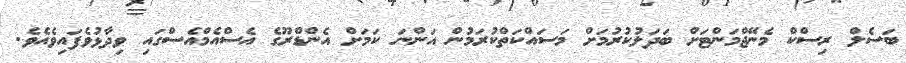
ބަސެލް ރިސްކް މެނޭޖްމަންޓަށް ބަދަލުކުރުމަށް މަސައްކަތްކުރަމުން އަންނަ ކަމަށް އެންޑްރޫގެ އެސްއެމްއެސްގައި ވިދާޅުވެފައިވެއެވެ.